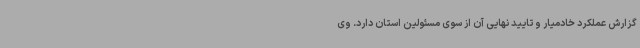
گزارش عملکرد خادمیار و تایید نهایی آن از سوی مسئولین استان دارد. وی